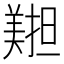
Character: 𦏄